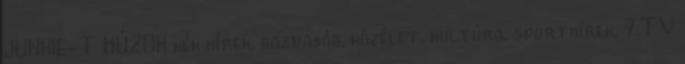
JUNKIE-T HÚZOK kék hírek, gazdaság, közélet, kultúra, sporthírek, 7.TV